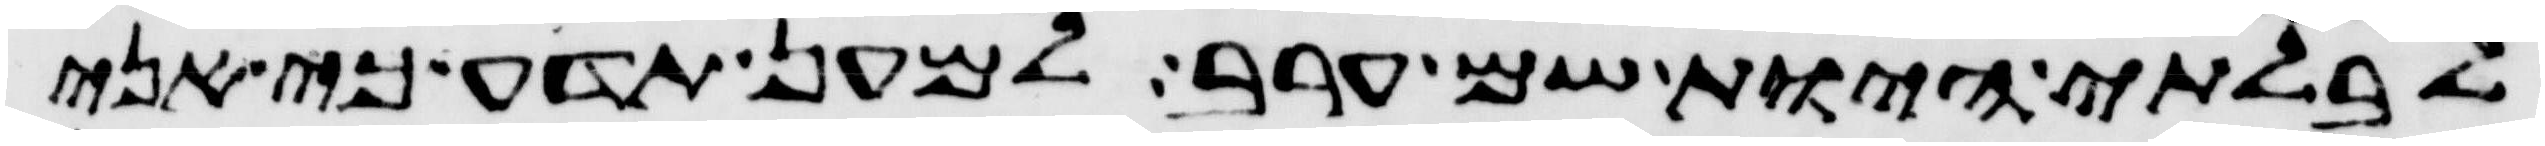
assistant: לבלתי היות שם ערב למען תדע כי אני